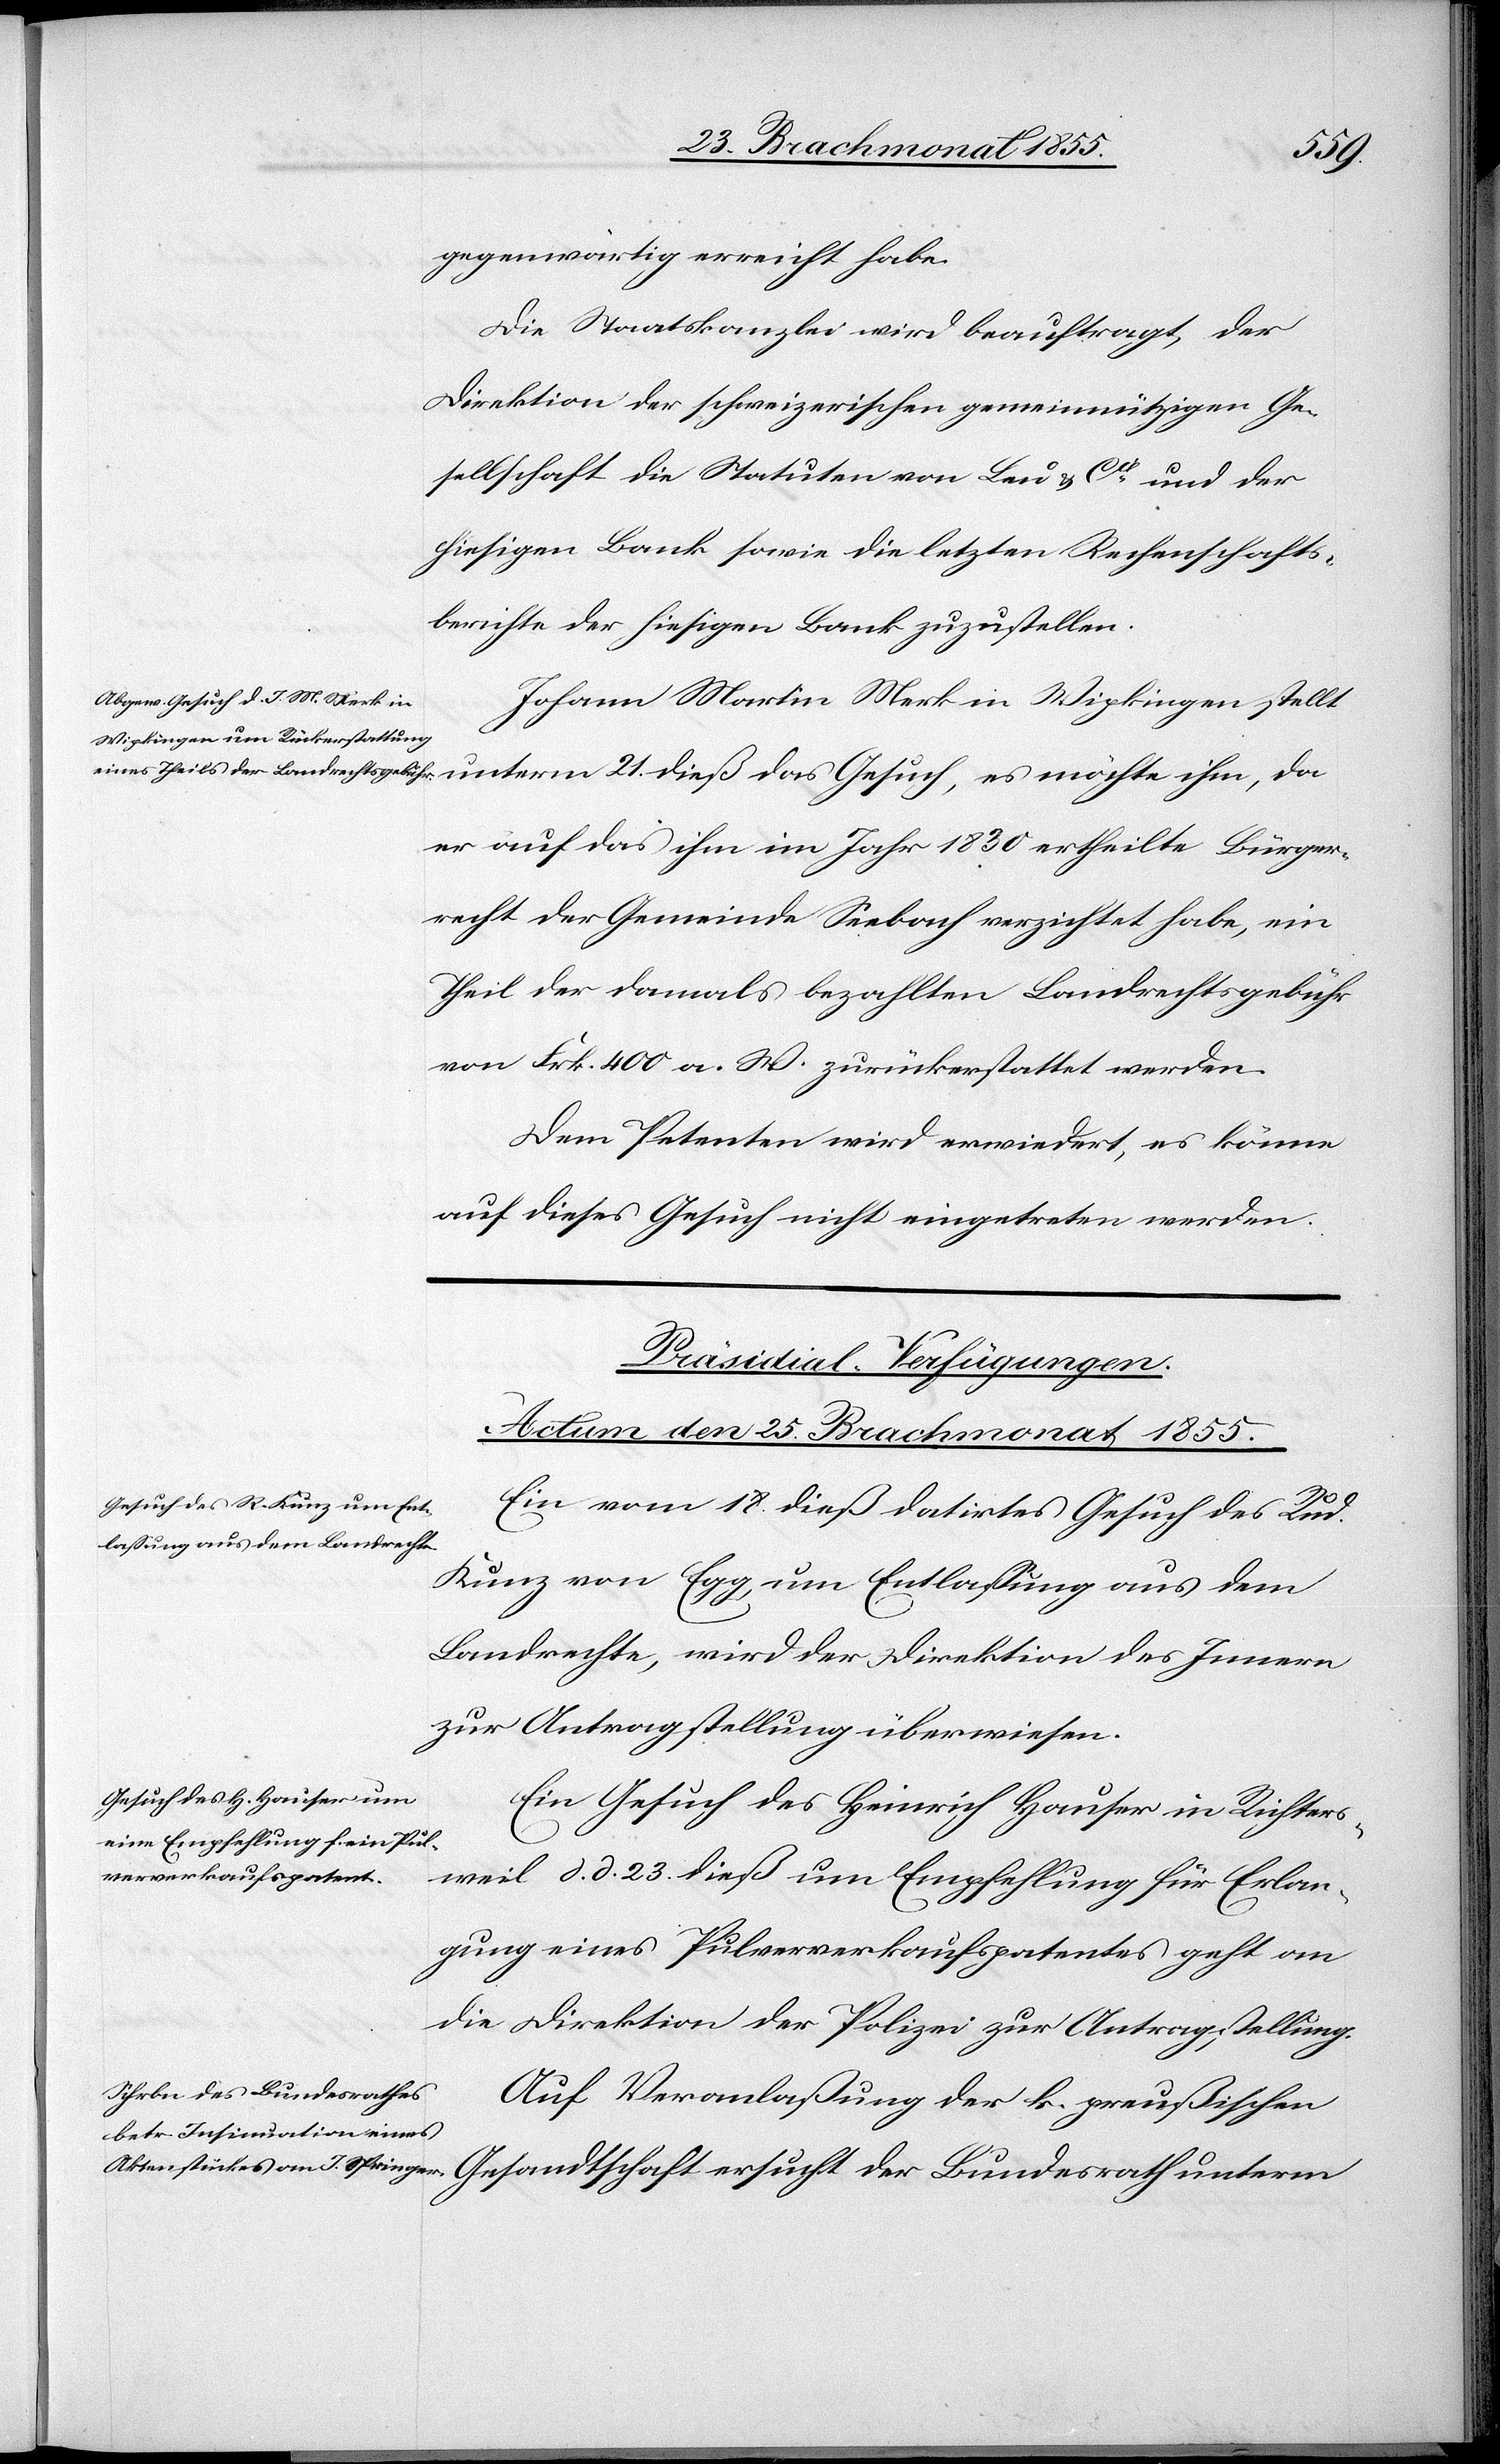
gegenwärtig erreicht habe.
Die Staatskanzlei wird beauftragt, der
Direktion der schweizerischen gemeinnützigen Ge¬
sellschaft die Statuten von Leu & Cie und der
hiesigen Bank sowie die letzten Rechenschafts¬
berichte der hiesigen Bank zuzustellen.
Johann Martin Merk in Wipkingen stellt
er auf das ihm im Jahr 1830 ertheilte Bürger¬
recht der Gemeinde Seebach verzichtet habe, ein
Theil der damals bezahlten Landrechtsgebühr
von Frk. 400 a. W. zurückerstattet werden.
Dem Petenten wird erwiedert, es könne
auf dieses Gesuch nicht eingetreten werden.
[Präsidial-Verfügungen.
Actum den 25. Brachmonat 1855.]
Ein vom 18. dieß datirtes Gesuch des Ru¬
Kunz von Egg, um Entlassung aus dem
Landrechte, wird der Direktion des Innern
zur Antragstellung überwiesen.
Ein Gesuch des Heinrich Hauser in Richters¬
weil d. d. 23. dieß um Empfehlung für Erlan¬
gung eines Pulververkaufspatentes geht an
die Direktion der Polizei zur Antragstellung.
Auf Veranlaßung der k. preußischen

der